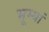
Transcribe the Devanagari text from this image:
भूम्यां